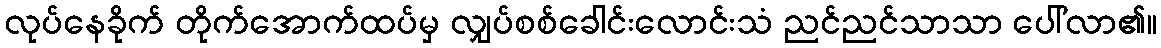
လုပ်နေခိုက် တိုက်အောက်ထပ်မှ လျှပ်စစ်ခေါင်းလောင်းသံ ညင်ညင်သာသာ ပေါ်လာ၏။